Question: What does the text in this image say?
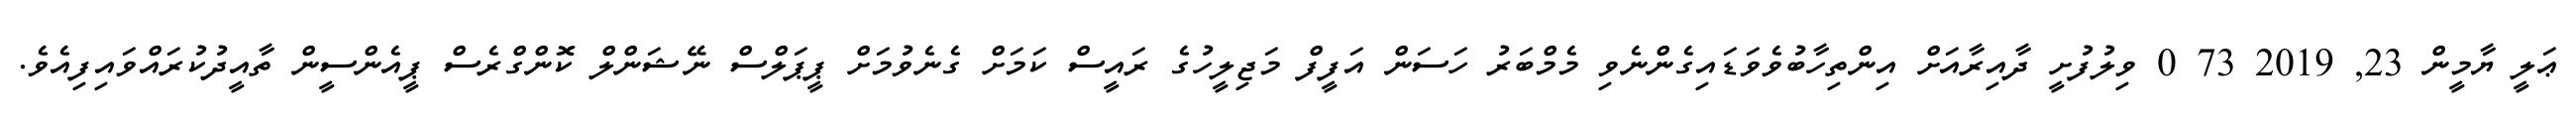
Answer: ޢަލީ ޔާމީން 23, 2019 73 0 ވިލުފުށީ ދާއިރާއަށް އިންތިހާބުވެވަޑައިގެންނެވި މެމްބަރު ހަސަން އަފީފް މަޖިލީހުގެ ރައީސް ކަމަށް ގެނެވުމަށް ޕީޕަލްސް ނޭޝަންލް ކޮންގްރެސް ޕީއެންސީން ތާއީދުކުރައްވައިފިއެވެ.